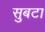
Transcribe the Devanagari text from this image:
सुबटा